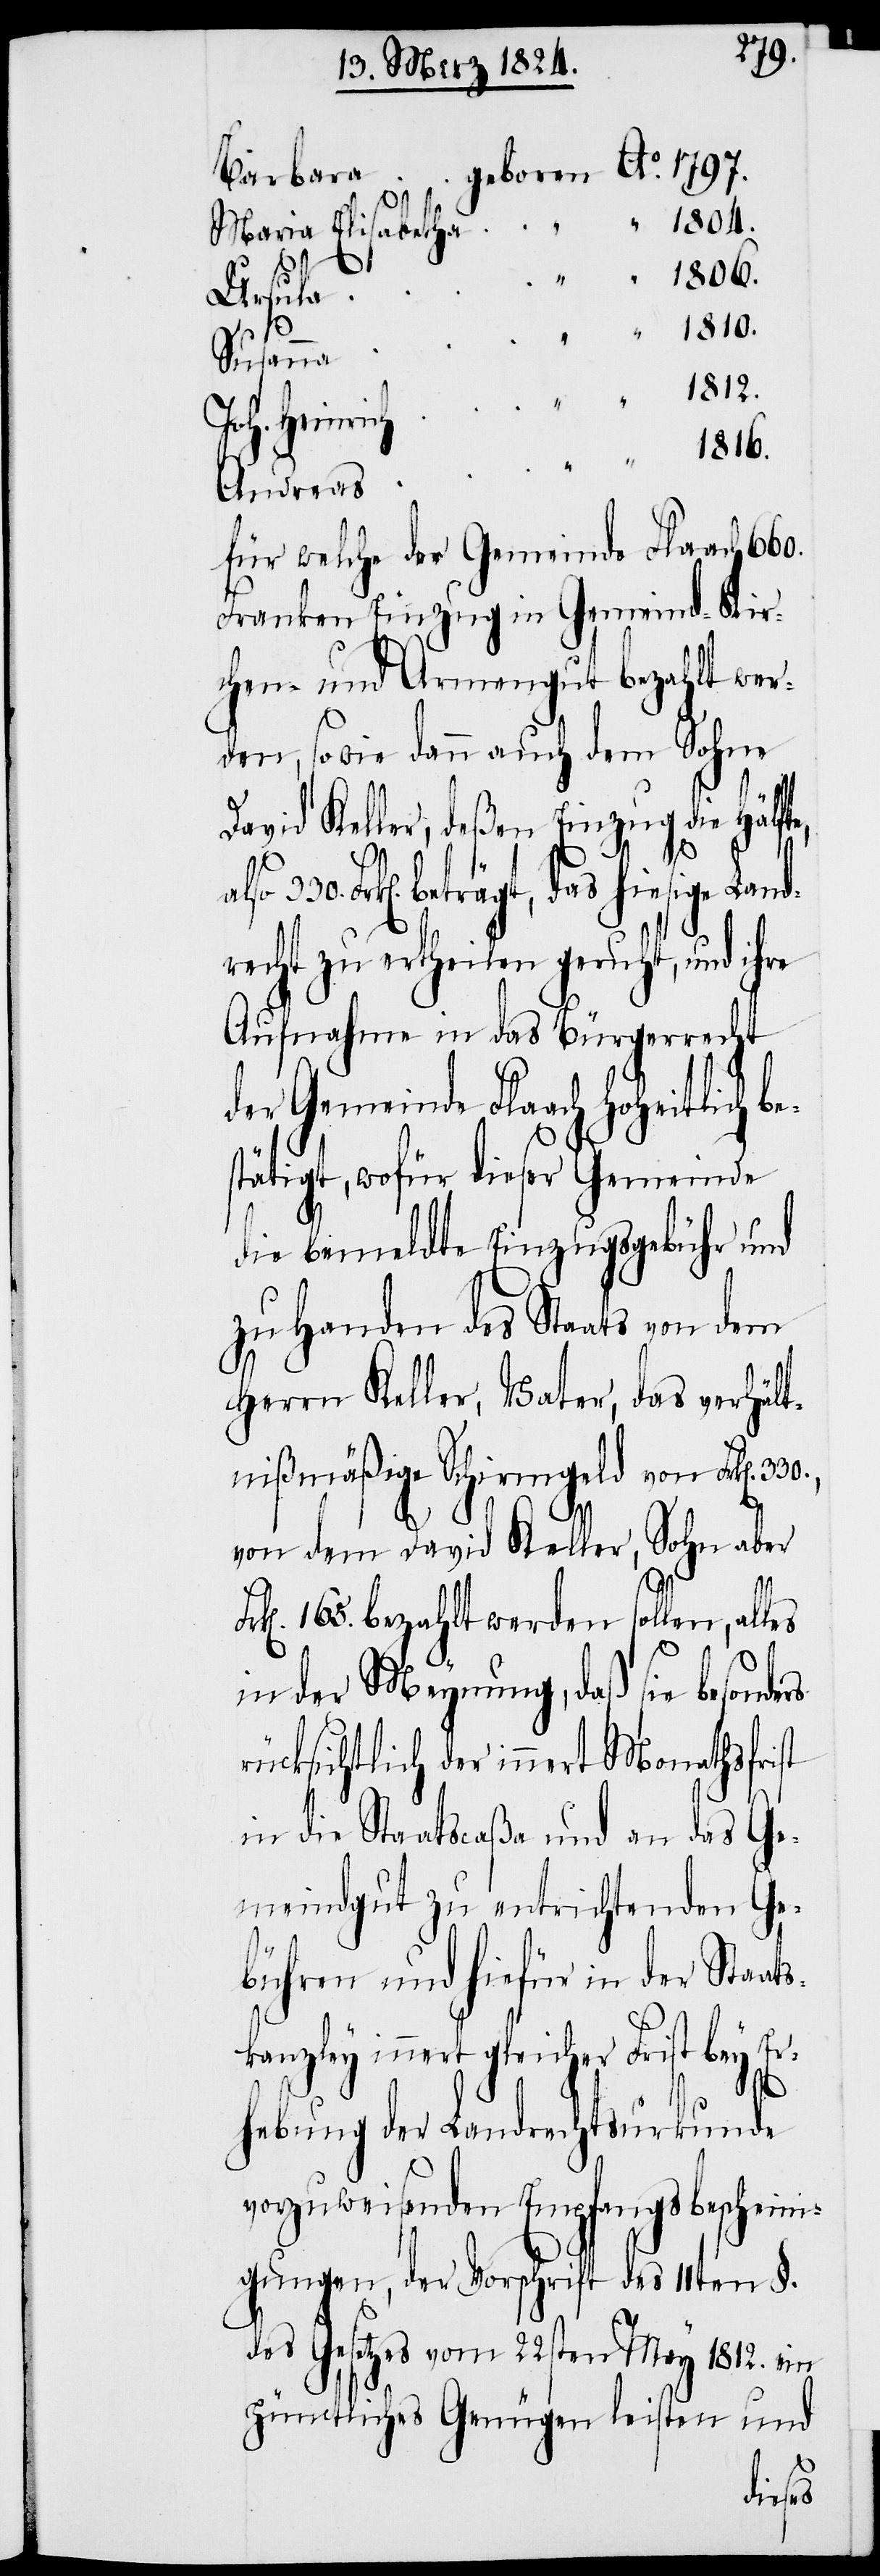
1797.
1810.
Susanna
1812.
Joh. Heinrich
1816.
Andreas
für welche der Gemeinde Flaach 660.
Franken Einzug in Gemeind- Kir¬
chen- und Armengut bezahlt wer¬
den, sowie dann auch dem Sohne
David Keller, deßen Einzug die Hälft¬
Er¬
nd¬
skanzley innert gleicher
recht zu ertheilen geruht, und ihre
Aufnahme in das Bürgerrecht
der Gemeinde Flaach hoheitlich b¬
stätigt, wofür dieser Gemeinde
die bemeldte Einzugsgebühr und
zu Handen des Staats von dem
Herrn Keller, Vater, das verhält¬
von Frk[en]. 330.,
nißmäßige Schirmgeld
von dem David Keller, Sohn aber
165. bezahkt werden sollen, al¬
in der Meynung, daß sie besonde¬
rücksichtlich der innert Monathsfrist
in die Staatscaßa und an das Ge¬
meindgut zu entrichtenden Ge¬
bühren und hiefür in der Staat¬
hebung der Landrechtsurkunde
vorzuweisenden Empfangsbescheini¬
gungen, der Vorschrift des 11ten §.
des Gesetzes vom 22ten May 1812. ein
pünctliches Genügen leisten und